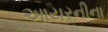
આયરનીના